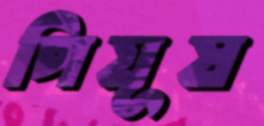
পিযূষ